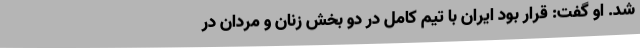
شد. او گفت: قرار بود ایران با تیم کامل در دو بخش زنان و مردان در